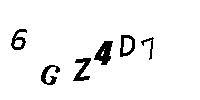
6GZ4D7